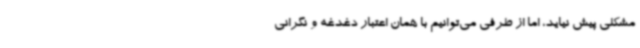
مشکلی پیش نیاید، اما از طرفی می‌توانیم با همان اعتبار دغدغه و نگرانی